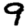
Digit: 9